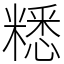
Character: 䊝